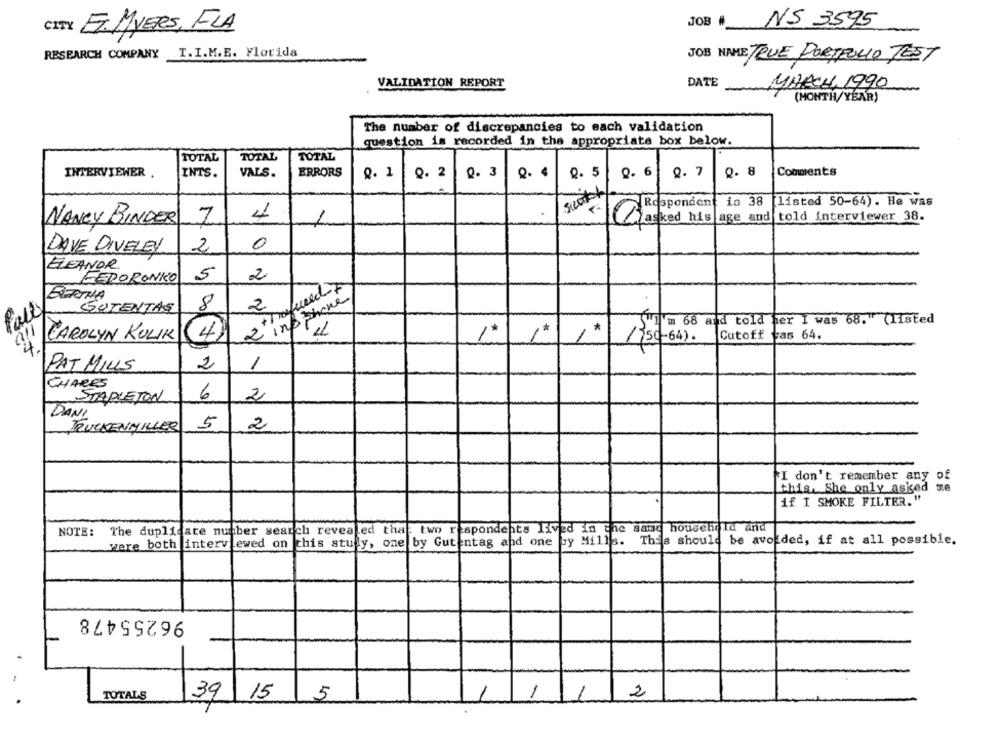
NS 3595
CITY EL.MYERS, FLA
JOB _
RESEARCH COMPANY
T.I.M.E. Florida
JOB NAME TRUE PORTFOLIO TEST
VALIDATION REPORT
DATE
MARCH, 1990
(MONTH/YEAR)
The number of discrepancies to each validation
question is recorded in the appropriate box below.
TOTAL
TOTAL
TOTAL
INTERVIEWER .
INTS.
VALS.
ERRORS
Q. 1
Q. 2
0. 3
Q. 4
Q. 5
9. 6
0. 7
Q.8
Comments
io 38 [listed 50-64). He was
Respondent
1
NANCY BINDER
7
iasked his age and told interviewer 38.
DAVE DIVELEY
2
0
ELEANOR
5
BERORONKO
2
BERTHA
L'insihone
SUTENTAS
8
2
1m 68 and told her I was 68. (11sted
CAROLYN KULIK
4
(50-64) .
|Cutoff
Fas 64.
2
PAT MILLS
CHARES
STAPLETON
6
2
DANI
TRUCKENMILLER
5
2
I don't remember any of
this, She only asked me
if I SMOKE FILTER. "
NOTE: The duplicate number search revealed that two respondents lived in the sand household and
ewed on this study, one by Gutentag and one by Mills. This should be avoided, if at all possible.
were both interviewed on
96255478
TOTALS
5
1
2
39/15